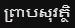
ព្រាបសុវត្ថិ